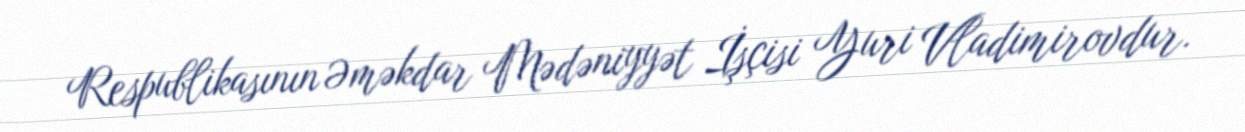
Respublikasının Əməkdar Mədəniyyət İşçisi Yuri Vladimirovdur.